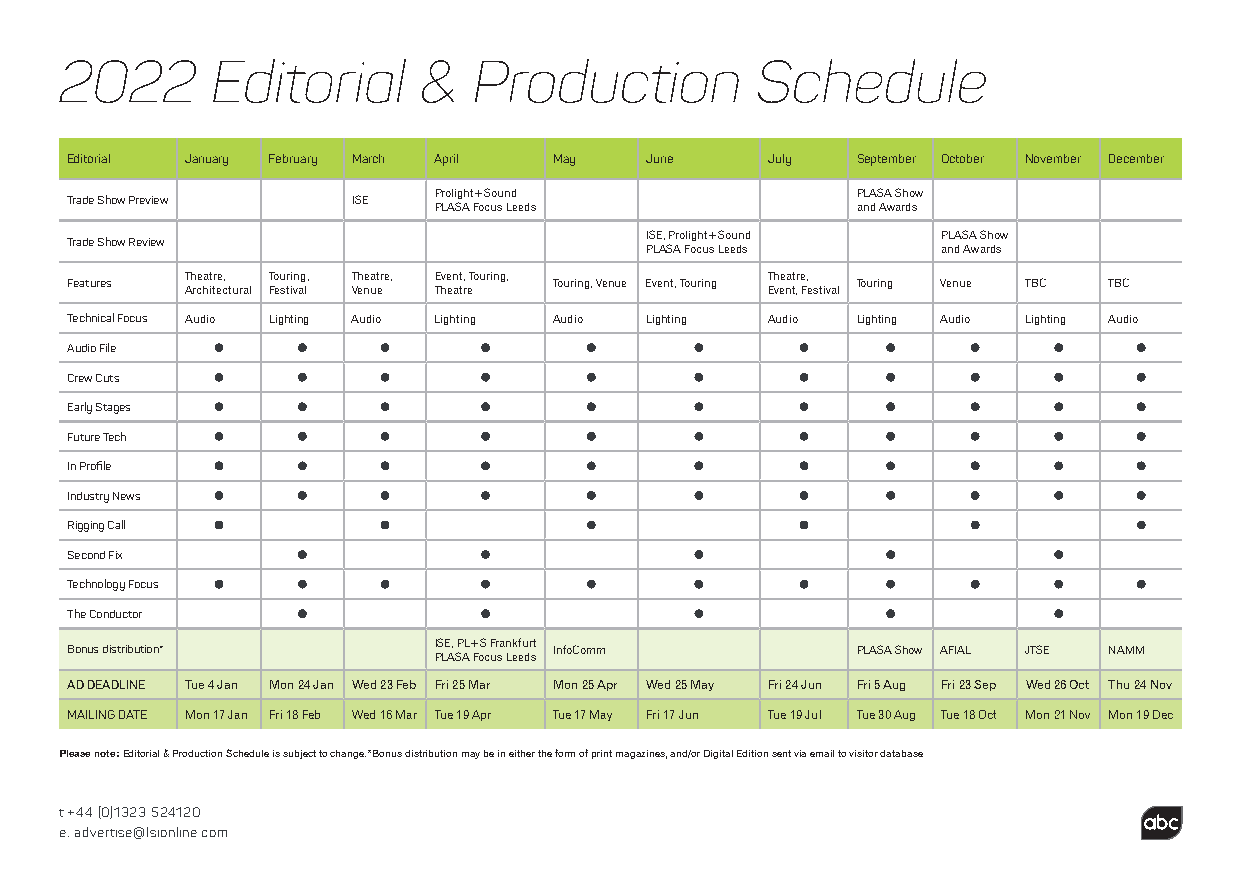
2022      Editorial     &  Production         Schedule
 Editorial January February March April May June July September October November December
 Prolight+Sound              PLASA Show
 Trade Show Preview ISE
 PLASA Focus Leeds           and Awards
 ISE, Prolight+Sound PLASA Show
 Trade Show Review
 PLASA Focus Leeds  and Awards
 Theatre, Touring, Theatre, Event, Touring, Theatre,
 Features                         Touring, Venue Event, Touring Touring Venue TBC TBC
 Architectural Festival Venue Theatre   Event, Festival
 Technical Focus Audio Lighting Audio Lighting Audio Lighting Audio Lighting Audio Lighting Audio
 Audio File
 Crew Cuts
 Early Stages
 Future Tech
 In Profile
 Industry News
 Rigging Call
 Second Fix
 Technology Focus
 The Conductor
 ISE, PL+S Frankfurt
 Bonus distribution*              InfoComm            PLASA Show AFIAL JTSE NAMM
 PLASA Focus Leeds
 AD DEADLINE Tue 4 Jan Mon 24 Jan Wed 23 Feb Fri 25 Mar Mon 25 Apr Wed 25 May Fri 24 Jun Fri 5 Aug Fri 23 Sep Wed 26 Oct Thu 24 Nov
 MAILING DATE Mon 17 Jan Fri 18 Feb Wed 16 Mar Tue 19 Apr Tue 17 May Fri 17 Jun Tue 19 Jul Tue 30 Aug Tue 18 Oct Mon 21 Nov Mon 19 Dec
 Please note: Editorial & Production Schedule is subject to change.*Bonus distribution may be in either the form of print magazines, and/or Digital Edition sent via email to visitor database
 t +44 (0)1323 524120
 e: advertise@lsionline.com